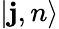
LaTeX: |\mathbf{j},n\rangle